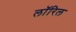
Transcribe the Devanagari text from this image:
लॉरिल